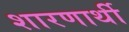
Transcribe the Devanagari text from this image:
शारणार्थी